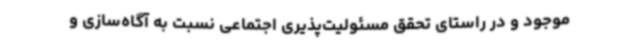
موجود و در راستای تحقق مسئولیت‌پذیری اجتماعی نسبت به آگاه‌سازی و